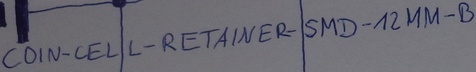
Text: COIN-CELL-RETAINER-SMD12MM-B